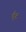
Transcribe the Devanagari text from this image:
कूँट